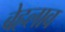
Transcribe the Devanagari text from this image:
बेहलाव